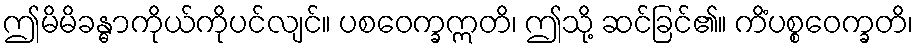
ဤမိမိခန္ဓာကိုယ်ကိုပင်လျင်။ ပစဝေက္ခဣတိ၊ ဤသို့ ဆင်ခြင်၏။ ကိံပစ္စဝေက္ခတိ၊